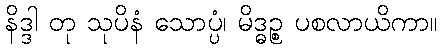
နိဒ္ဒါ တု သုပိနံ သောပ္ပံ၊ မိဒ္ဓဉ္စ ပစလာယိကာ။